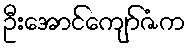
ဦးအောင်ကျော်ဇံက